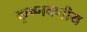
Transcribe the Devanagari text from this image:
कृष्णवणीय